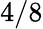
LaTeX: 4/8